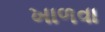
ખાળવા